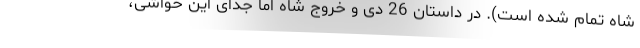
شاه تمام شده است). در داستان 26 دی و خروج شاه اما جدای این حواشی،